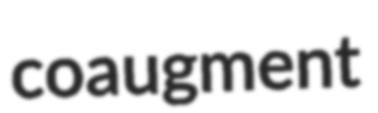
coaugment